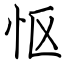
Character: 怄